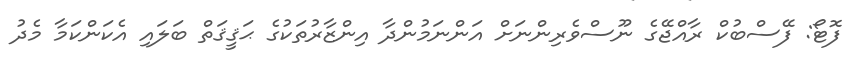
ފޮޓޯ: ފޭސްބުކް ރާއްޖޭގެ ނޫސްވެރިންނަށް އަންނަމުންދާ އިންޒާރުތަކުގެ ޙަޤީޤަތް ބަލައި އެކަންކަމާ މެދު